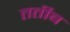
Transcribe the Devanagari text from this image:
तर्तीब